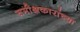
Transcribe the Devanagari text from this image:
समीक्षकारांच्या